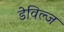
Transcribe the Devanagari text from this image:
डेविल्ज